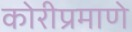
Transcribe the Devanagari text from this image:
कोरीप्रमाणे